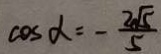
\cos \alpha = - \frac { 2 \sqrt { 5 } } { 5 }